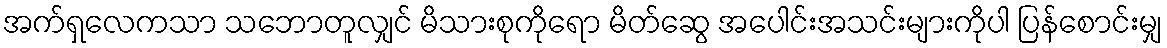
အက်ရှလေကသာ သဘောတူလျှင် မိသားစုကိုရော မိတ်ဆွေ အပေါင်းအသင်းများကိုပါ ပြန်စောင်းမျှ